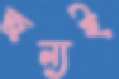
জন্যই